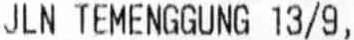
JLN TEMENGGUNG 13/9,